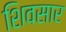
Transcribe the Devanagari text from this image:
शिवसार